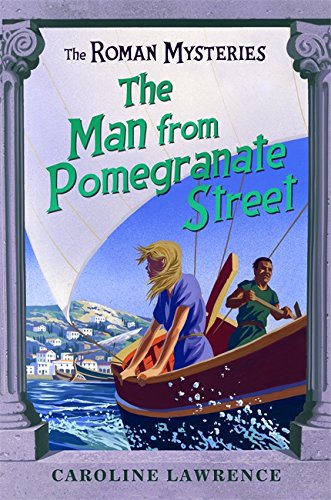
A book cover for Man from Pomegranate Street (The Roman Mysteries); Caroline Lawrence; Teen & Young Adult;